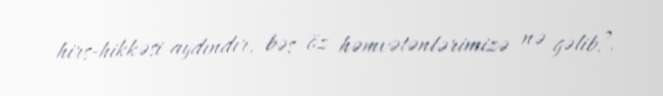
hirs-hikkəsi aydındır, bəs öz həmvətənlərimizə nə gəlib?.